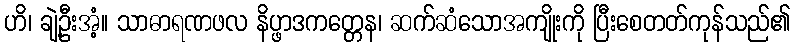
ဟိ၊ ချဲ့ဦးအံ့။ သာဓာရဏဖလ နိပ္ဖာဒကတ္တေန၊ ဆက်ဆံသောအကျိုးကို ပြီးစေတတ်ကုန်သည်၏